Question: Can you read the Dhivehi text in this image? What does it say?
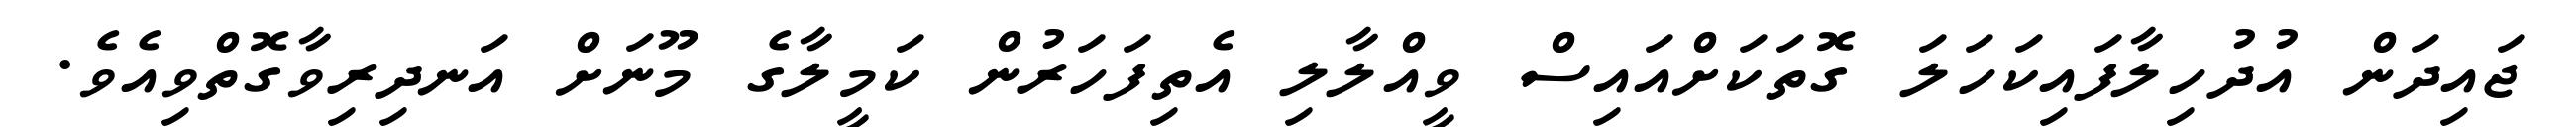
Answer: ޖައިދަން އުދުހިލާފައިކަހަލަ ގޮތަކަށްއައިސް ވީއްލާލި އެތިފަހަރުން ކަމީލާގެ މޫނަށް އަނދިރިވާގޮތްވިއެވެ.